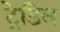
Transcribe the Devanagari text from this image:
ट्रेडिल